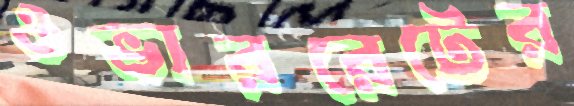
ওভাররেটের